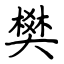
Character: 樊